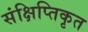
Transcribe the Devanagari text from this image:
संक्षिप्तिकृत